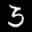
Label: 3